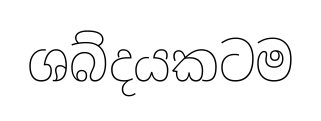
ශබ්දයකටම